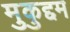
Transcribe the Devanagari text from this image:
मुकुद्दम